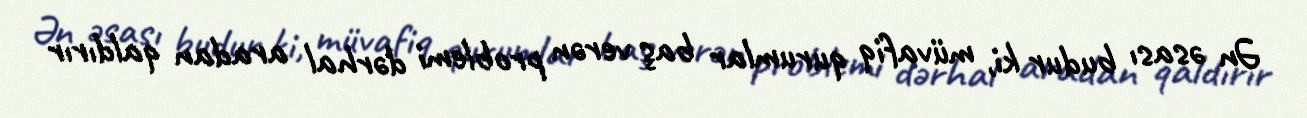
Ən əsası budur ki, müvafiq qurumlar baş verən problemi dərhal aradan qaldırır